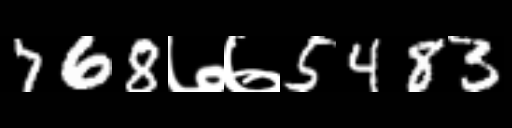
Text: 768७७5483